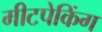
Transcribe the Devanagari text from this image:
मीटपेकिंग